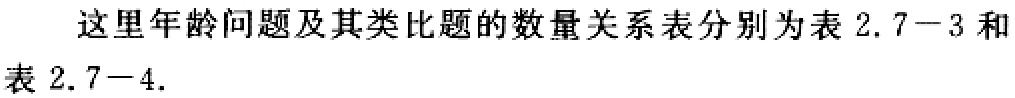
这里年龄问题及其类比题的数量关系表分别为表 2.7−3 和表 2.7−4.